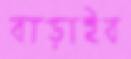
বাড়াইব